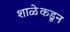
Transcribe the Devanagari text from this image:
शाळेकडून